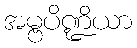
အမ္ဗပိဏ္ဍိယာ